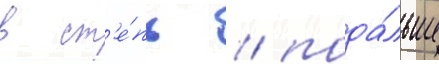
в ст'е́пь / пода́льше